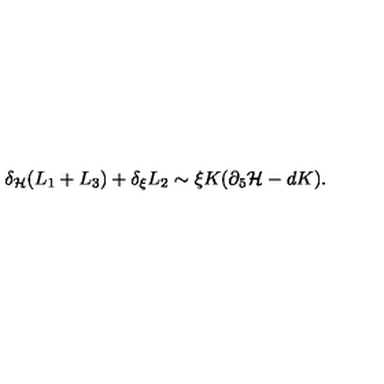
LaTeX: \delta _ { \cal H } ( L _ { 1 } + L _ { 3 } ) + \delta _ { \xi } L _ { 2 } \sim \xi K ( \partial _ { 5 } { \cal H } - d K ) .